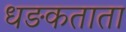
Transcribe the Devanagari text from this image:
धङकताता